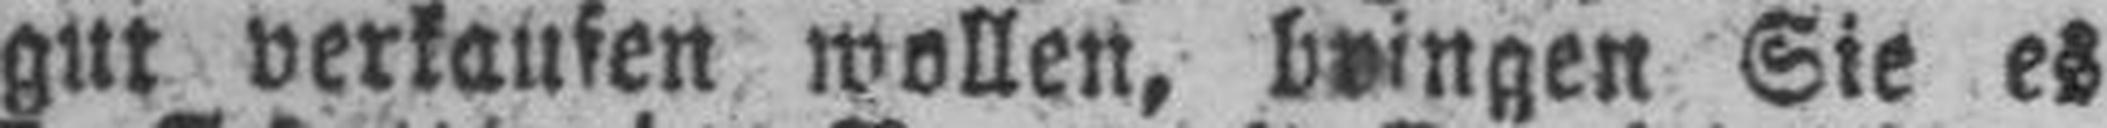
gut verkaufen wollen, bringen Sie es